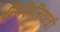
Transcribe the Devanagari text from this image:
सिसिलियाची